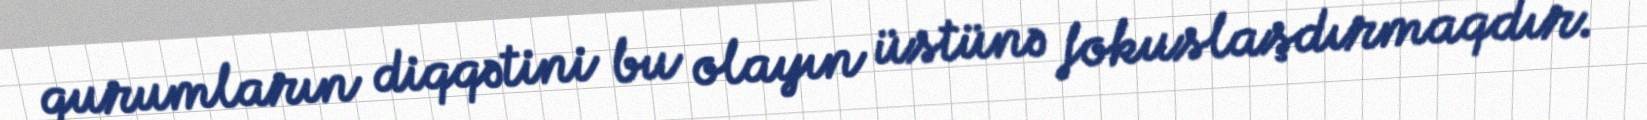
qurumların diqqətini bu olayın üstünə fokuslaşdırmaqdır.